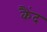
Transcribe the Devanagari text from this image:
कैंद